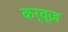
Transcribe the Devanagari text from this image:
कर्व्ज़